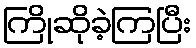
ကြိုဆိုခဲ့ကြပြီး